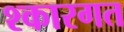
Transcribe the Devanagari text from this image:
श्कारगत